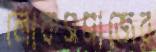
লোকসমাজের